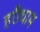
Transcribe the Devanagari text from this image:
हरीधाम